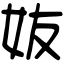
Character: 𡛀